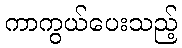
ကာကွယ်ပေးသည့်